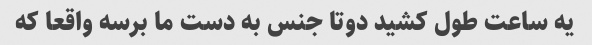
یه ساعت طول کشید دوتا جنس به دست ما برسه واقعا که